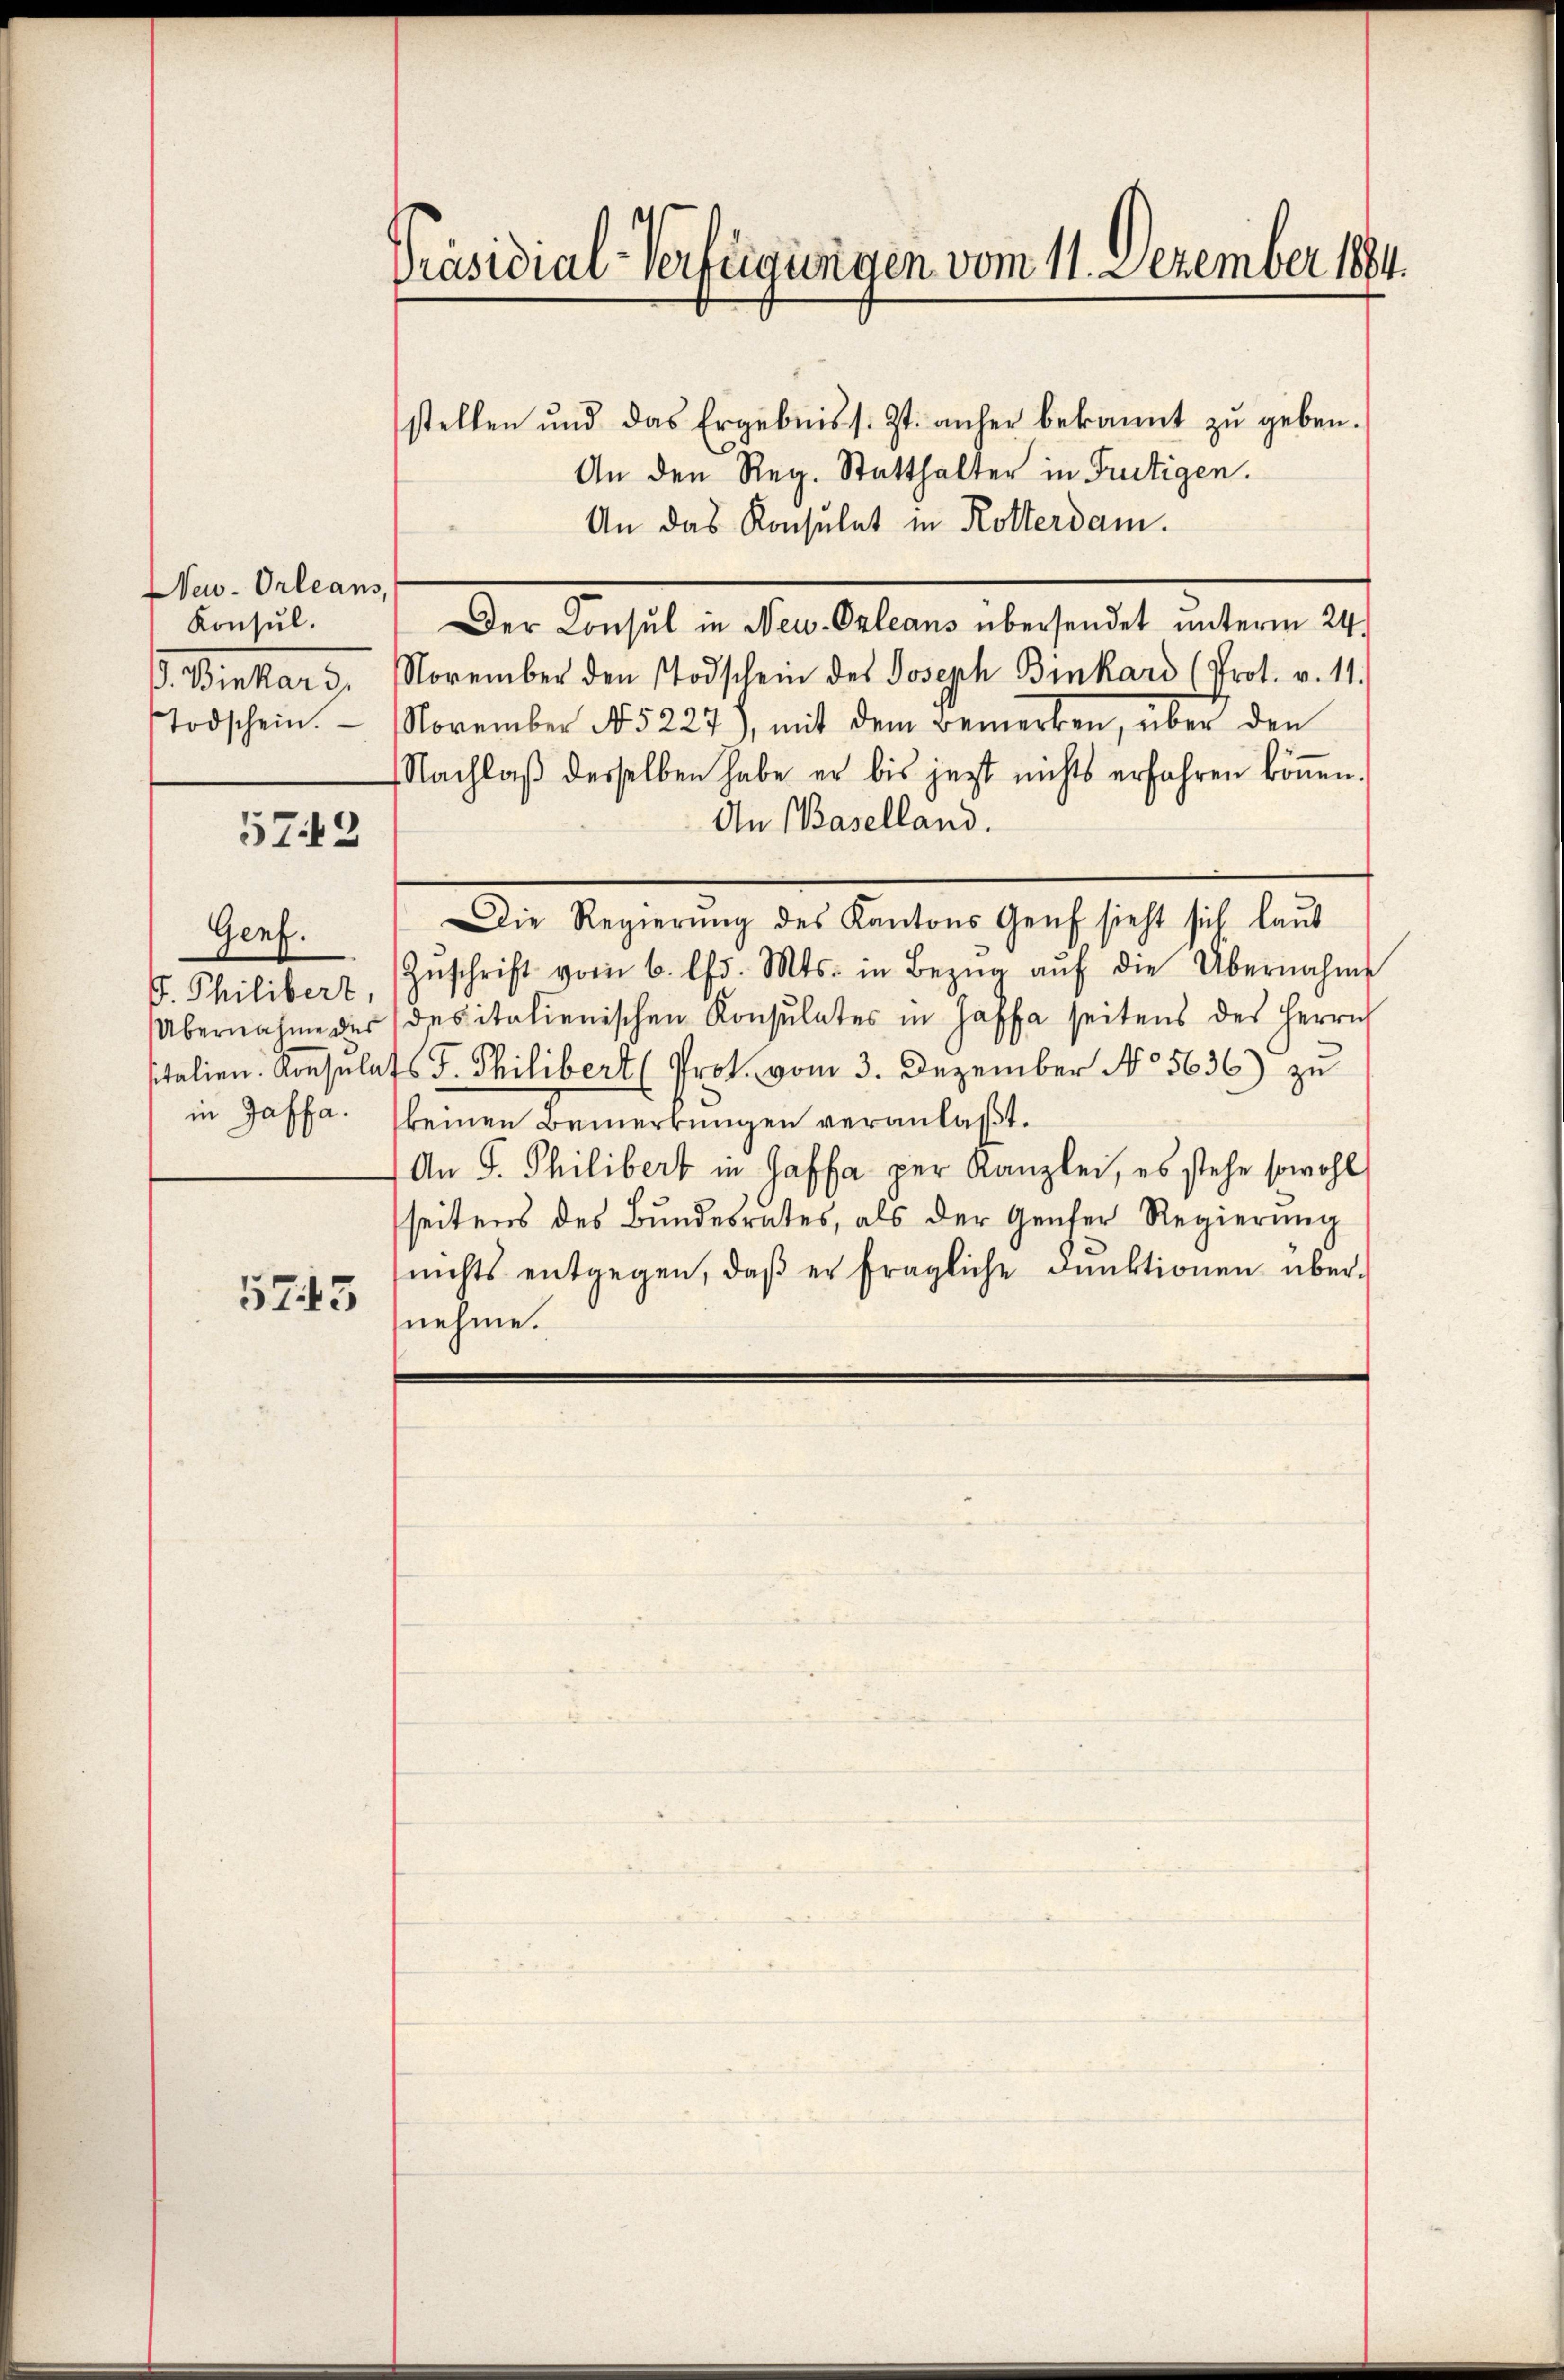
New-Orleans,
Konsul.
s. Mitars.
Todschein.

573

Genf.
F. Philibert,
in Gasfa.

573

Präsidial-Verfügungen vom 11. Dezember 1884.
stellen und das Ergebniss. Zt. anher bekannt zŭ geben.
An den Reg. Statthalter in Frutigen.

An das Konsulat in Rotterdam.
Der Consul in Neu-Orleans übersendet unterm 24.
November den Todschein des Joseph Binkard (Prot. v. 11.
November No 5227), mit dem Bemerken, über den
Nachlaß desselben habe er bis jetzt nichts erfahren können.
An (Baselland.
Zŭschrift vom 6. d. Mts. in Bezŭg aŭf die Übernahms
Übernahme der des italienischen Konsulates in Haffa seitens des Herrn
sitalien. Konsulats J. Philibert (Prot. vom 3. Dezember No 5636) zu
keinen Bemerkungen veranlaßt.
An P. Philibert in Gaffa per Kanzlei, es stehe sowohl
seitens des Bundesrates, als der Genfer Regierung
nichts entgegen, daβ er fragliche Funktionen über-
nehme.

Die Regierŭng des Kantons Genf sieht sich laŭb